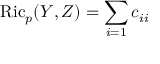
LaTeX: \operatorname { R i c } _ { p } ( Y , Z ) = \sum _ { i = 1 } c _ { i i }